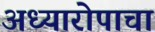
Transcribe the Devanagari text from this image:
अध्यारोपाचा